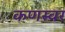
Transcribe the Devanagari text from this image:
कणस्वर